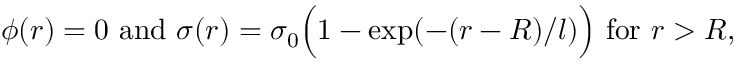
\phi ( r ) = 0 { \mathrm { ~ a n d ~ } } \sigma ( r ) = \sigma _ { 0 } { \Big ( } 1 - \exp ( - ( r - R ) / l ) { \Big ) } { \mathrm { ~ f o r ~ } } r > R ,